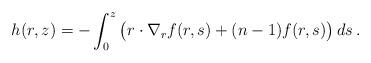
LaTeX: \begin{align*}h(r,z)=-\int_0^z \big( r\cdot \nabla_r f(r,s) + (n-1)f(r,s) \big)\, ds\,.\end{align*}